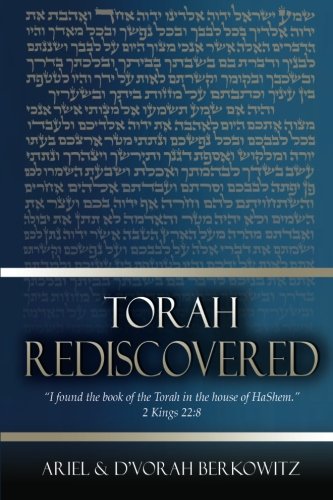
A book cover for Torah Rediscovered: 5th Edition, Revised; Ariel and D'vorah Berkowitz; Christian Books & Bibles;